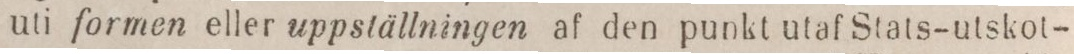
uti formen eller uppställningen af den punkt utaf Stats-utskot-